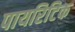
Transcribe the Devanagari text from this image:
पायरिटिक